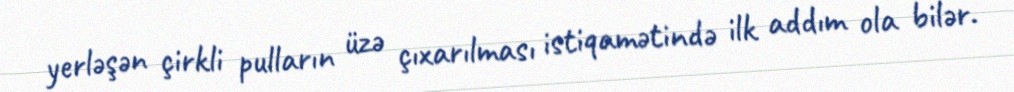
yerləşən çirkli pulların üzə çıxarılması istiqamətində ilk addım ola bilər.